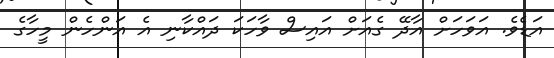
އަޑެވެ. އަވަހަށް އާދޭ ގެއަށް އައިސް ވާހަކަ ދައްކާނި އެ އަންހެން މީހާގެ